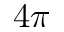
4 \pi